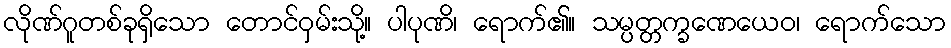
လိုဏ်ဂူတစ်ခုရှိသော တောင်ဝှမ်းသို့။ ပါပုဏိ၊ ရောက်၏။ သမ္ပတ္တက္ခဏေယေဝ၊ ရောက်သော